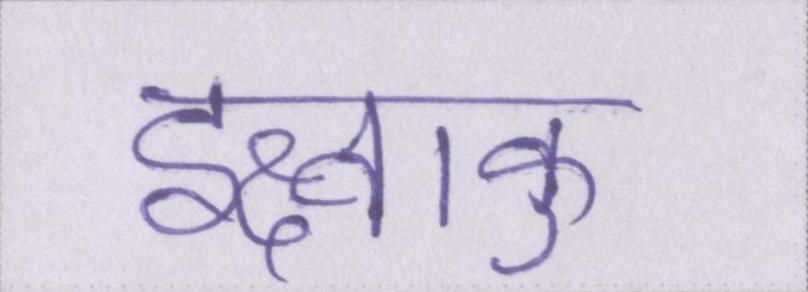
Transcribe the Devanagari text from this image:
इक्ष्वाकु